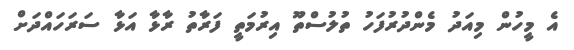
އެ މީހުން މިއަދު މެންދުރުފަހު ތުލުސްތޫ އިރުމަތީ ފަރާތު ރާޅާ އަޅާ ސަރަހައްދަށް